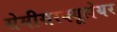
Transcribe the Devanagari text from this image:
सेमीसरक्यूलेयर